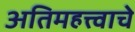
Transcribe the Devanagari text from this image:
अतिमहत्त्वाचे